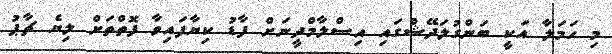
މި ހަމަލާ އަކީ ބަންގުލަދޭޝްގައި އިސްލާމްދީނަށް ފާޑު ކިޔާފައިވާ ފޮތްތަށް ލިޔެ ޗާޕު